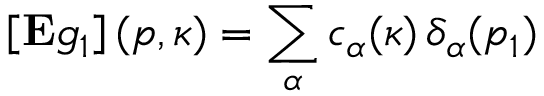
\left[ \mathrm { \bf E } g _ { 1 } \right] ( p , \kappa ) = \sum _ { \alpha } c _ { \alpha } ( \kappa ) \, \delta _ { \alpha } ( p _ { 1 } )